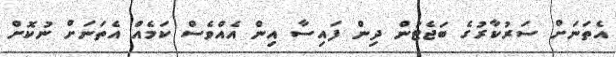
އެތަނަށް ސަރުކާރުގެ ބަޖެޓުން ދިން ފައިސާ އިން އެއްވެސް ކަމެއް އެތަނަށް ނުކޮށް